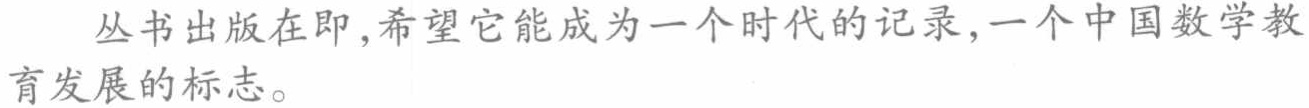
丛书出版在即,希望它能成为一个时代的记录,一个中国数学教育发展的标志。